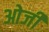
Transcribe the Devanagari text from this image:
ओर्जी